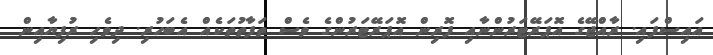
އައިސްފައި. ރާއްޖޭގެ އޮޕަރޭޓަރުންނާއި ފޮރިން އޮޕަރޭޓަރުންގެ ވެސް ތަފާތުތަކެއް އެބަހުރި. ދިވެހި ރުފިޔާއިން